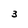
Character: 3